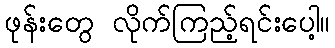
ဖုန်းတွေ လိုက်ကြည့်ရင်းပေါ့။